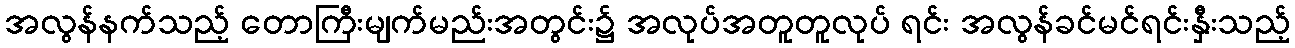
အလွန်နက်သည့် တောကြီးမျက်မည်းအတွင်း၌ အလုပ်အတူတူလုပ် ရင်း အလွန်ခင်မင်ရင်းနှီးသည့်